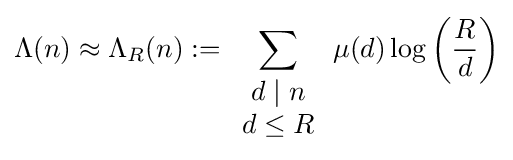
\Lambda (n)\approx \Lambda _{R}(n):=\sum \limits _{\begin{array}{c}d\mid n\\d\leq R\end{array}}\mu (d)\log \left({\frac {R}{d}}\right)